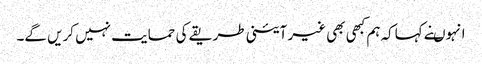
انہوںنے کہاکہ ہم کبھی بھی غیر آئینی طریقے کی حمایت نہیں کریں گے۔